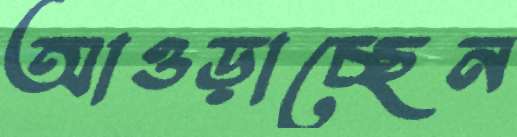
আওড়াচ্ছেন